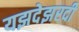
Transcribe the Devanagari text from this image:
यझदेझरदी